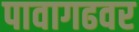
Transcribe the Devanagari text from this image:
पावागढवर